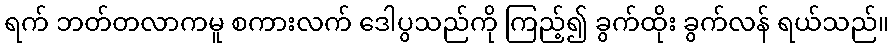
ရက် ဘတ်တလာကမူ စကားလက် ဒေါပွသည်ကို ကြည့်၍ ခွက်ထိုး ခွက်လန် ရယ်သည်။